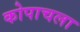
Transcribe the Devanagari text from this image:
कोपाचला